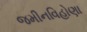
જમીનવિહોણા